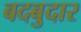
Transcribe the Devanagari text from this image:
बदबुदार